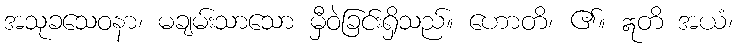
အသုခသေဝနာ၊ မချမ်းသာသော မှီဝဲခြင်းရှိသည်။ ဟောတိ၊ ၏။ ဣတိ အယံ၊